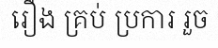
រឿង គ្រប់ ប្រការ រួច